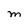
Character: M